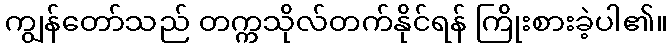
ကျွန်တော်သည် တက္ကသိုလ်တက်နိုင်ရန် ကြိုးစားခဲ့ပါ၏။